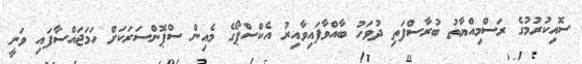
ސޮއިކުރުމުގެ ރަސްމިއްޔާތު ބުރާސްފަތި ދުވަހު ބާއްވާފައިވާއިރު އެކްސްޕޯގެ މެއިން ސްޕޮންސަރަކަށް ހަމަޖައްސާފައި ވަނީ